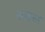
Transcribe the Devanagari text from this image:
अरुळ